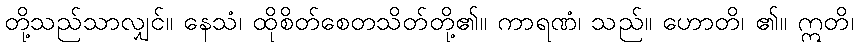
တို့သည်သာလျှင်။ နေသံ၊ ထိုစိတ်စေတသိတ်တို့၏။ ကာရဏံ၊ သည်။ ဟောတိ၊ ၏။ ဣတိ၊